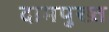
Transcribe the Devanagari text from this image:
दामपुख्त